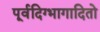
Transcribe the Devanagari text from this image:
पूर्वदिग्भागादितो